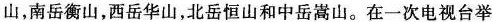
山，南岳衡山，西岳华山，北岳恒山和中岳嵩山。在一次电视台举